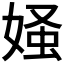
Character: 𪦄